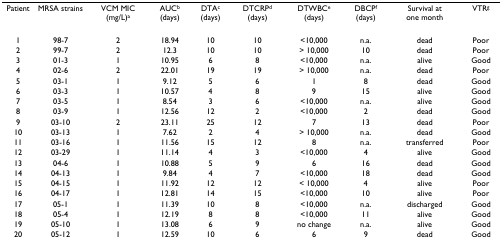
<table><thead><tr><td><b>Patient</b></td><td><b>MRSA strains</b></td><td><b>VCM MIC (mg/L)<sup>a</sup></b></td><td><b>AUC<sup>b </sup>(days)</b></td><td><b>DTA<sup>c </sup>(days)</b></td><td><b>DTCRP<sup>d </sup>(days)</b></td><td><b>DTWBC<sup>e </sup>(days)</b></td><td><b>DBCP<sup>f </sup>(days)</b></td><td><b>Survival at one month</b></td><td><b>VTR<sup>g</sup></b></td></tr></thead><tbody><tr><td>1</td><td>98-7</td><td>2</td><td>18.94</td><td>10</td><td>10</td><td>&lt;10,000</td><td>n.a.</td><td>dead</td><td>Poor</td></tr><tr><td>2</td><td>99-7</td><td>2</td><td>12.3</td><td>10</td><td>10</td><td>&gt; 10,000</td><td>10</td><td>dead</td><td>Poor</td></tr><tr><td>3</td><td>01-3</td><td>1</td><td>10.95</td><td>6</td><td>8</td><td>&lt;10,000</td><td>n.a.</td><td>alive</td><td>Good</td></tr><tr><td>4</td><td>02-6</td><td>2</td><td>22.01</td><td>19</td><td>19</td><td>&gt; 10,000</td><td>n.a.</td><td>dead</td><td>Poor</td></tr><tr><td>5</td><td>03-1</td><td>1</td><td>9.12</td><td>5</td><td>6</td><td>1</td><td>8</td><td>dead</td><td>Good</td></tr><tr><td>6</td><td>03-3</td><td>1</td><td>10.57</td><td>4</td><td>8</td><td>9</td><td>15</td><td>alive</td><td>Good</td></tr><tr><td>7</td><td>03-5</td><td>1</td><td>8.54</td><td>3</td><td>6</td><td>&lt;10,000</td><td>n.a.</td><td>alive</td><td>Good</td></tr><tr><td>8</td><td>03-9</td><td>1</td><td>12.56</td><td>12</td><td>2</td><td>&lt;10,000</td><td>2</td><td>dead</td><td>Good</td></tr><tr><td>9</td><td>03-10</td><td>2</td><td>23.11</td><td>25</td><td>12</td><td>7</td><td>13</td><td>dead</td><td>Poor</td></tr><tr><td>10</td><td>03-13</td><td>1</td><td>7.62</td><td>2</td><td>4</td><td>&gt; 10,000</td><td>n.a.</td><td>dead</td><td>Good</td></tr><tr><td>11</td><td>03-16</td><td>1</td><td>11.56</td><td>15</td><td>12</td><td>8</td><td>n.a.</td><td>transferred</td><td>Poor</td></tr><tr><td>12</td><td>03-29</td><td>1</td><td>11.14</td><td>4</td><td>3</td><td>&lt;10,000</td><td>4</td><td>alive</td><td>Good</td></tr><tr><td>13</td><td>04-6</td><td>1</td><td>10.88</td><td>5</td><td>9</td><td>6</td><td>16</td><td>dead</td><td>Good</td></tr><tr><td>14</td><td>04-13</td><td>1</td><td>9.84</td><td>4</td><td>7</td><td>&lt;10,000</td><td>18</td><td>dead</td><td>Good</td></tr><tr><td>15</td><td>04-15</td><td>1</td><td>11.92</td><td>12</td><td>12</td><td>&lt; 10,000</td><td>4</td><td>alive</td><td>Poor</td></tr><tr><td>16</td><td>04-17</td><td>1</td><td>12.81</td><td>14</td><td>15</td><td>&lt;10,000</td><td>10</td><td>alive</td><td>Poor</td></tr><tr><td>17</td><td>05-1</td><td>1</td><td>11.39</td><td>10</td><td>8</td><td>&lt;10,000</td><td>n.a.</td><td>discharged</td><td>Good</td></tr><tr><td>18</td><td>05-4</td><td>1</td><td>12.19</td><td>8</td><td>8</td><td>&lt;10,000</td><td>11</td><td>alive</td><td>Good</td></tr><tr><td>19</td><td>05-10</td><td>1</td><td>13.08</td><td>6</td><td>9</td><td>no change</td><td>n.a.</td><td>alive</td><td>Good</td></tr><tr><td>20</td><td>05-12</td><td>1</td><td>12.59</td><td>10</td><td>6</td><td>6</td><td>9</td><td>dead</td><td>Good</td></tr></tbody></table>